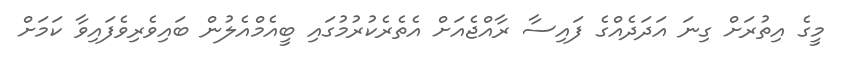
މީގެ އިތުރަށް ގިނަ އަދަދެއްގެ ފައިސާ ރާއްޖެއަށް އެތެރެކުރުމުގައި ބީއެމްއެލުން ބައިވެރިވެފައިވާ ކަމަށް